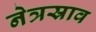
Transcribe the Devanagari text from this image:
नेत्रस्राव